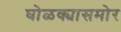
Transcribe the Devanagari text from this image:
घोळक्यासमोर